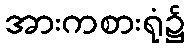
အားကစားရုံ၌